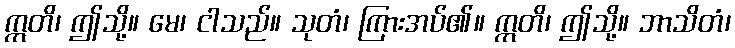
ဣတိ၊ ဤသို့။ မေ၊ ငါသည်။ သုတံ၊ ကြားအပ်၏။ ဣတိ၊ ဤသို့။ ဘာသိတံ၊